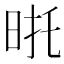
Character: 𭥮